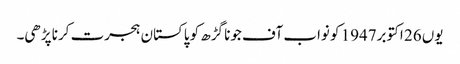
یوں 26 اکتوبر1947 کو نواب آف جونا گڑھ کو پاکستان ہجرت کرنا پڑھی۔